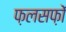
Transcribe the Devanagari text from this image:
फ़लसफ़ों